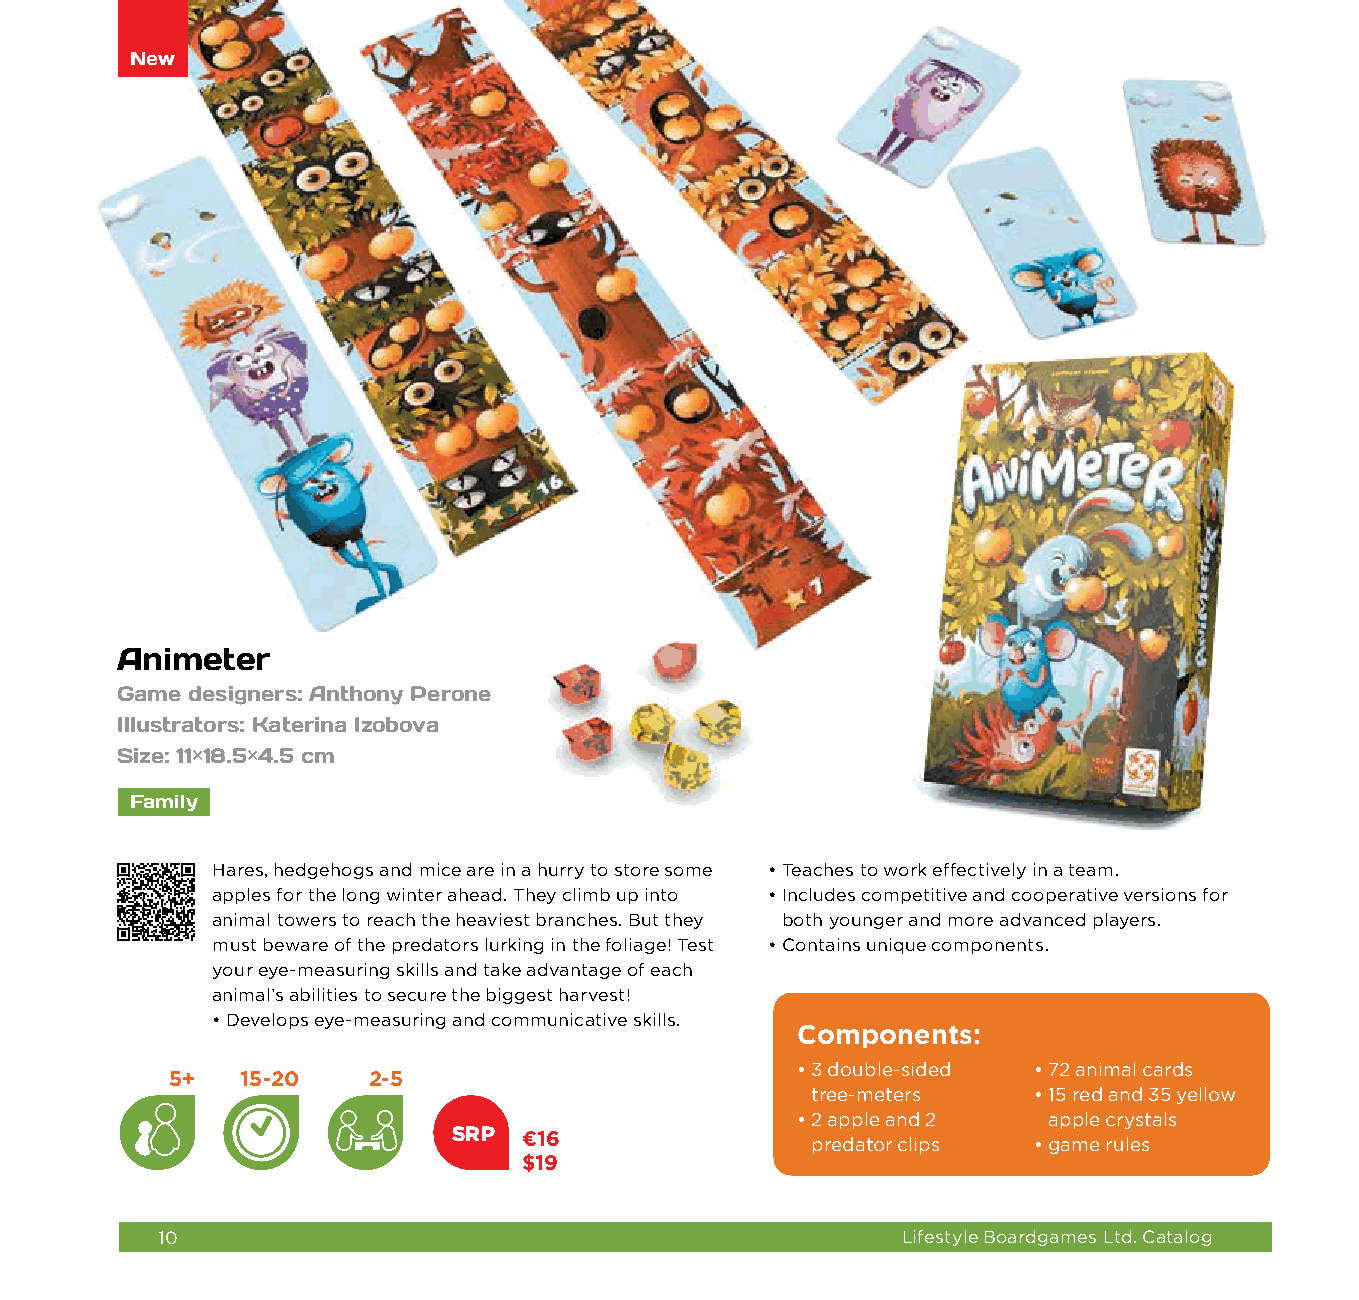
New
 Animeter
 Game designers: Anthony Perone
 Illustrators: Katerina Izobova
 Size: 11×18.5×4.5 cm
 Family
 Hares, hedgehogs and mice are in a hurry to store some • Teaches to work effectively in a team.
 apples for the long winter ahead. They climb up into • Includes competitive and cooperative versions for
 animal towers to reach the heaviest branches. But they both younger and more advanced players.
 must beware of the predators lurking in the foliage! Test • C ontains unique components.
 your eye-measuring skills and take advantage of each
 animal’s abilities to secure the biggest harvest!
 • Develops eye-measuring and communicative skills.
 Components:
 • 3 double-sided • 7 2 animal cards
 5+   15-20   2-5
 tree-meters   • 1 5 red and 35 yellow
 • 2 apple and 2 apple crystals
 SRP  €16
 predator clips • g ame rules
 $19
 10                                                Lifestyle Boardgames Ltd. Catalog